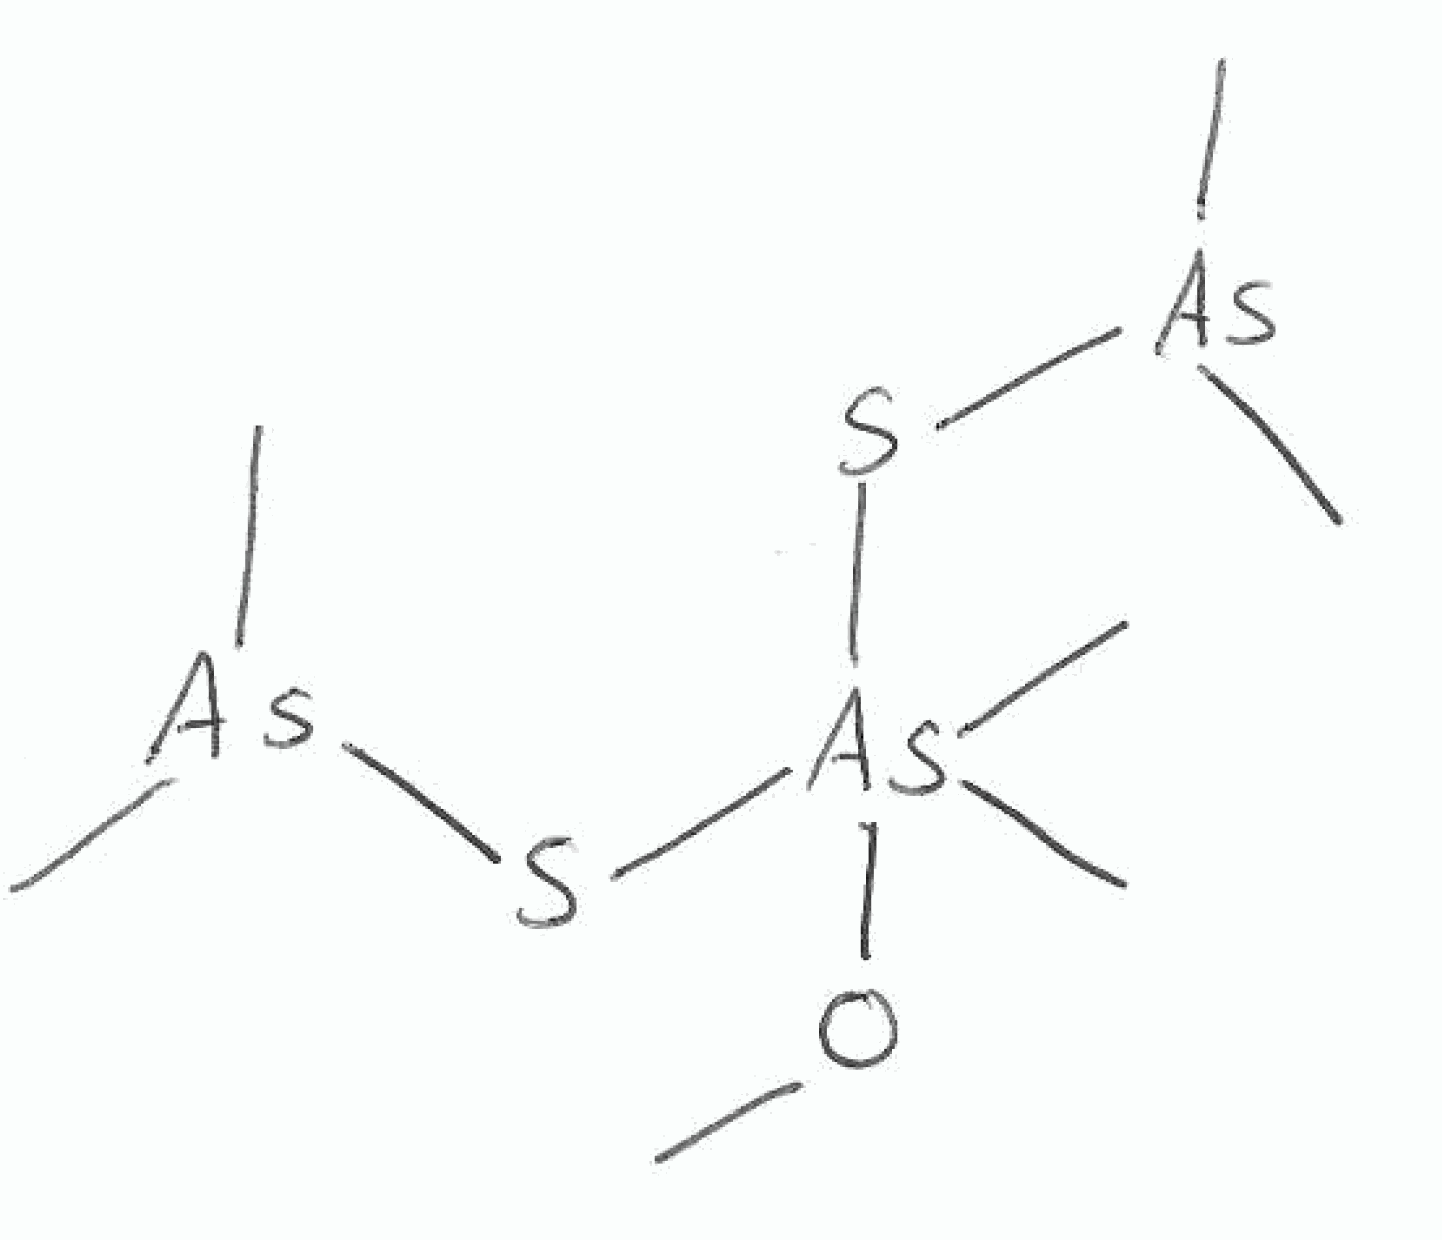
Simplified molecular-input line-entry system (SMILES) notation of the given molecule:
CO[As](C)(C)(S[As](C)C)S[As](C)C